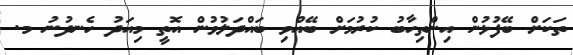
ތަކަށް ބޭފުޅުން އިންތިހާބު ކުރުމަށް ބޭއްވި ބައްދަލުވުން އޮތީ މިއަދު ހެނދުނު މ.